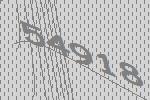
54918